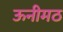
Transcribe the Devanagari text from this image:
ऊनीमठ